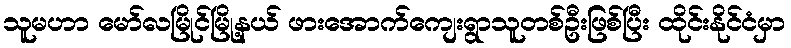
သူမဟာ မော်လမြိုင်မြို့နယ် ဖားအောက်ကျေးရွာသူတစ်ဦးဖြစ်ပြီး ထိုင်းနိုင်ငံမှာ